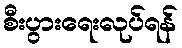
စီးပွားရေးလုပ်ရန်